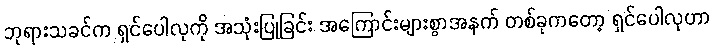
ဘုရားသခင်က ရှင်ပေါလုကို အသုံးပြုခြင်း အကြောင်းများစွာအနက် တစ်ခုကတော့ ရှင်ပေါလုဟာ